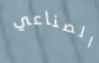
الصناعي